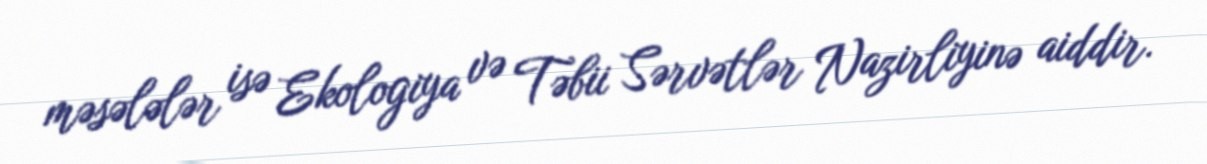
məsələlər isə Ekologiya və Təbii Sərvətlər Nazirliyinə aiddir.